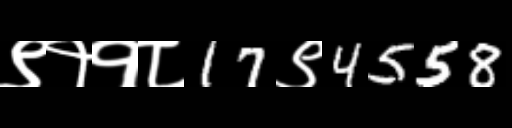
Text: ९११८17९4558